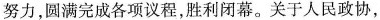
努力，圆满完成各项议程，胜利闭幕。关于人民政协，